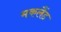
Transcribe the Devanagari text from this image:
मकलैंड